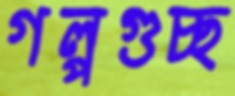
গল্পগুচ্ছ